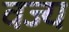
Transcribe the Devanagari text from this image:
वज्य